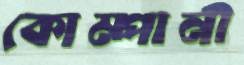
কোম্পানী